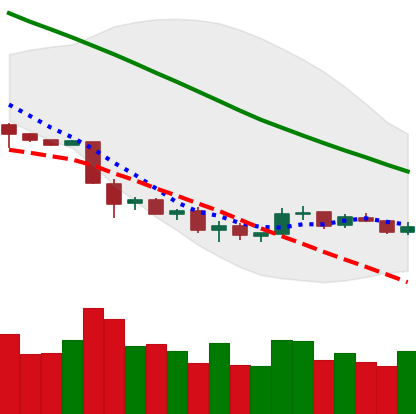
Ticker: NEO-USD
Chart end date: 2018-12-04
Forward return: -15.774%
Label: down_7plus